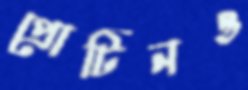
প্রোটিনও